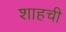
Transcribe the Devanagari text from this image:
शाहची